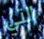
التي